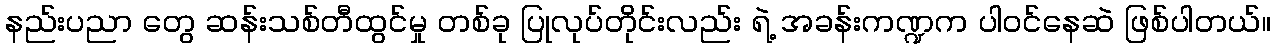
နည်းပညာ တွေ ဆန်းသစ်တီထွင်မှု တစ်ခု ပြုလုပ်တိုင်းလည်း ရဲ့ အခန်းကဏ္ဍက ပါဝင်နေဆဲ ဖြစ်ပါတယ်။